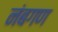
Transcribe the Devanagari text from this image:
नंबगण